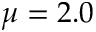
\mu = 2 . 0